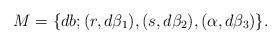
LaTeX: \begin{align*}M = \{db;(r, d\beta_1), (s,d \beta_2), (\alpha,d\beta_3)\}.\end{align*}